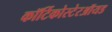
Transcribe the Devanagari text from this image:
कॉर्टिकोस्टेरऑयड